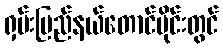
ရှမ်းပြည်နယ်တောင်ပိုင်းတွင်